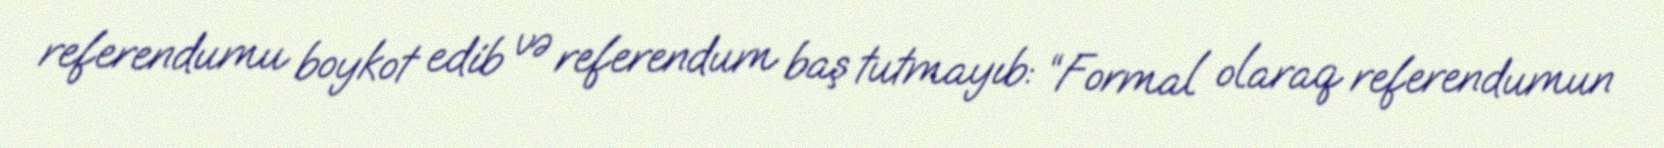
referendumu boykot edib və referendum baş tutmayıb: “Formal olaraq referendumun